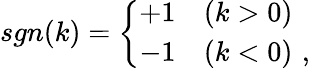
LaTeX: sgn(k)=\left\{ \begin{array}{ll}{{+1}}&{{(k>0)}}\\ {{-1}}&{{(k<0)\, \, ,}}\end{array}\right.